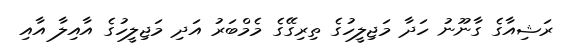
ރަޝިއާގެ ގާނޫނު ހަދާ މަޖިލީހުގެ ތިރިގޭގެ މެމްބަރު އަދި މަޖިލީހުގެ އާއިލާ އާއި